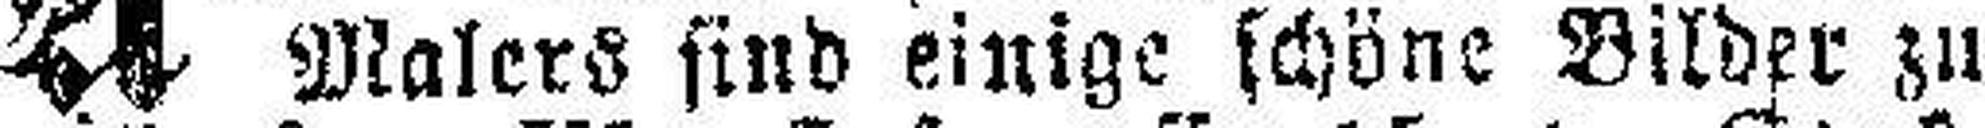
Malers sind einige schöne Bilder zu